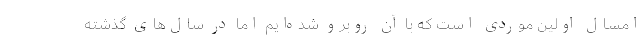
امسال اولین موردی است که با آن روبرو شده‌ایم اما در سال‌های گذشته